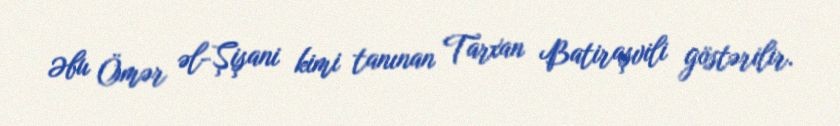
Əbu Ömər əl-Şişani kimi tanınan Tarxan Batiraşvili göstərilir.